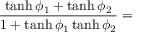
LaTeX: { \frac { \operatorname { t a n h } \phi _ { 1 } + \operatorname { t a n h } \phi _ { 2 } } { 1 + \operatorname { t a n h } \phi _ { 1 } \operatorname { t a n h } \phi _ { 2 } } } =